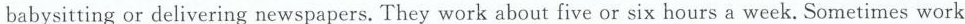
babysittingor delivering newspapers.They work about five or six hours a week.Sometimes work